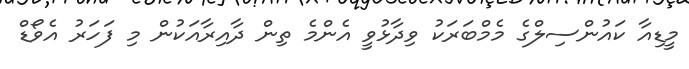
މީޑިއާ ކައުންސިލްގެ މެމްބަރަކު ވިދާޅުވީ އެންމެ ތިން ދާއިރާއަކުން މި ފަހަރު އެވޯޑް